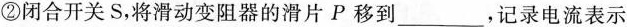
②闭合开关S，将滑动变阻器的滑片P移到___，记录电流表示